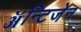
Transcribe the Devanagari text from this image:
ॲन्टिजेन